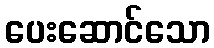
ပေးဆောင်သော